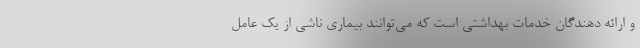
و ارائه دهندگان خدمات بهداشتی است که می‌توانند بیماری ناشی از یک عامل